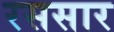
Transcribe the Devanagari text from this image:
रससार